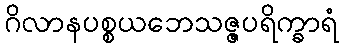
ဂိလာနပစ္စယဘေသဇ္ဇပရိက္ခာရံ